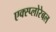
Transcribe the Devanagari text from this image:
एक्स्प्लोरेबल